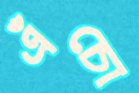
এঁচো